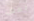
بعض